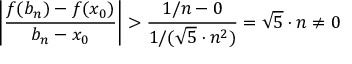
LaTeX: \left| { \frac { f ( b _ { n } ) - f ( x _ { 0 } ) } { b _ { n } - x _ { 0 } } } \right| > { \frac { 1 / n - 0 } { 1 / ( { \sqrt { 5 } } \cdot n ^ { 2 } ) } } = { \sqrt { 5 } } \cdot n \neq 0